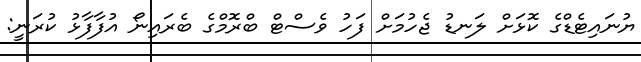
ޔުނައިޓެޑްގެ ކޮޅަށް ލަނޑު ޖެހުމަށް ފަހު ވެސްޓް ބްރޮމްގެ ބެރައިނޯ އުފާފާޅު ކުރަނީ: